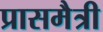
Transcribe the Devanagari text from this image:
प्रासमैत्री